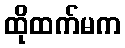
ထိုထက်မက